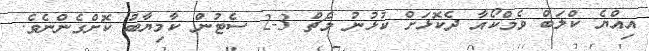
އިއްޔެ ކްލަބް ވެމްކޯއާ ދެކޮޅަށް ކުޅުނު މެޗް 3-2 ސެޓުން ކާމިޔާބު ކޮށްގެންނެވެ.